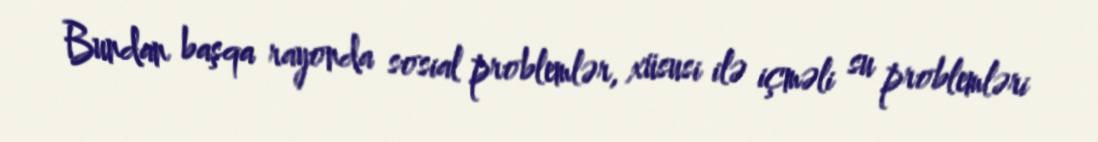
Bundan başqa rayonda sosial problemlər, xüsusi ilə içməli su problemləri